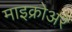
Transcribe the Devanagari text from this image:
माइक्रोअरे